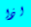
اذا